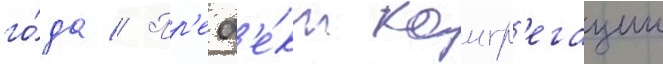
го́да // Пр'еф'е́кт конгр'егации